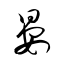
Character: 晏